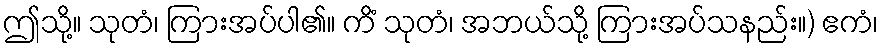
ဤသို့။ သုတံ၊ ကြားအပ်ပါ၏။ ကိံ သုတံ၊ အဘယ်သို့ ကြားအပ်သနည်း။) ဧကံ၊